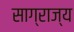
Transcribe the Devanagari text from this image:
साग्राज्‍य